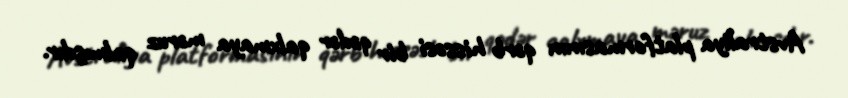
Avstraliya platformasının qərb hissəsi bir qədər qalxmaya məruz qalmışdır.